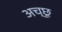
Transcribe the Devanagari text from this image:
अच्छू